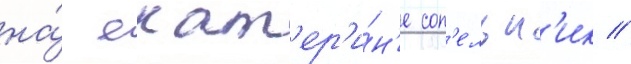
на́ екат'ер'и́н'е соп'ельн'ик //